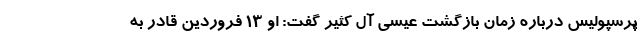
پرسپولیس درباره زمان بازگشت عیسی آل کثیر گفت: او 13 فروردین قادر به